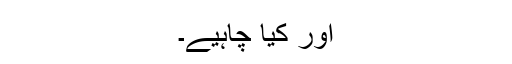
اور کیا چاہیے۔